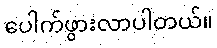
ပေါက်ဖွားလာပါတယ်။